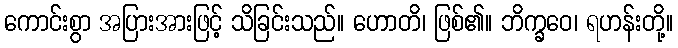
ကောင်းစွာ အပြားအားဖြင့် သိခြင်းသည်။ ဟောတိ၊ ဖြစ်၏။ ဘိက္ခဝေ၊ ရဟန်းတို့။